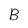
Character: B